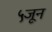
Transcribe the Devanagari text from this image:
५जून